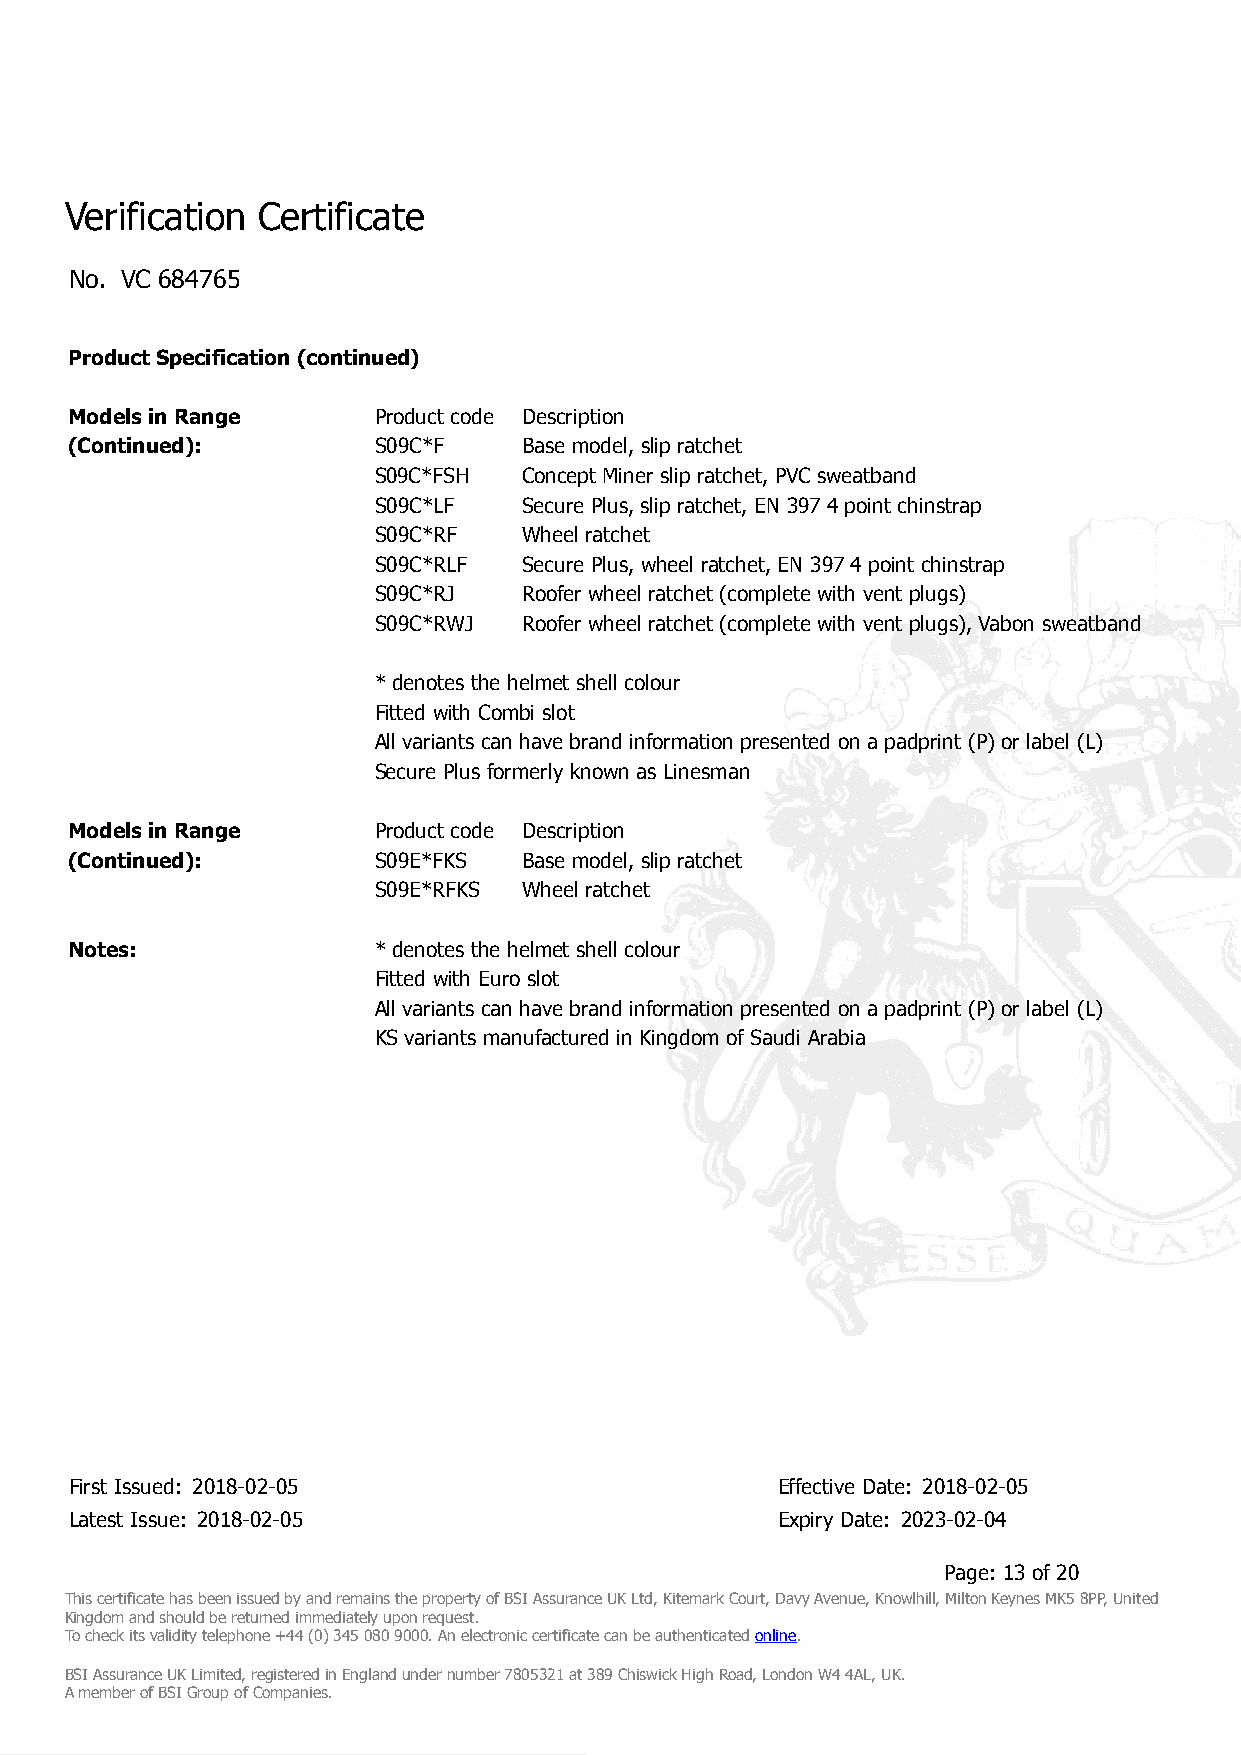
Verification Certificate
 No. VC 684765
 Product Specification (continued)
 Models in Range      Product code Description
 (Continued):         S09C*F    Base model, slip ratchet
 S09C*FSH  Concept Miner slip ratchet, PVC sweatband
 S09C*LF   Secure Plus, slip ratchet, EN 397 4 point chinstrap
 S09C*RF   Wheel ratchet
 S09C*RLF  Secure Plus, wheel ratchet, EN 397 4 point chinstrap
 S09C*RJ   Roofer wheel ratchet (complete with vent plugs)
 S09C*RWJ  Roofer wheel ratchet (complete with vent plugs), Vabon sweatband
 * denotes the helmet shell colour
 Fitted with Combi slot
 All variants can have brand information presented on a padprint (P) or label (L)
 Secure Plus formerly known as Linesman
 Models in Range      Product code Description
 (Continued):         S09E*FKS  Base model, slip ratchet
 S09E*RFKS Wheel ratchet
 Notes:               * denotes the helmet shell colour
 Fitted with Euro slot
 All variants can have brand information presented on a padprint (P) or label (L)
 KS variants manufactured in Kingdom of Saudi Arabia
 First Issued: 2018-02-05                      Effective Date: 2018-02-05
 Latest Issue: 2018-02-05                      Expiry Date: 2023-02-04
 Page: 13 of 20
 This certificate has been issued by and remains the property of BSI Assurance UK Ltd, Kitemark Court, Davy Avenue, Knowlhill, Milton Keynes MK5 8PP, United
 Kingdom and should be returned immediately upon request.
 To check its validity telephone +44 (0) 345 080 9000. An electronic certificate can be authenticated online.
 BSI Assurance UK Limited, registered in England under number 7805321 at 389 Chiswick High Road, London W4 4AL, UK.
 A member of BSI Group of Companies.